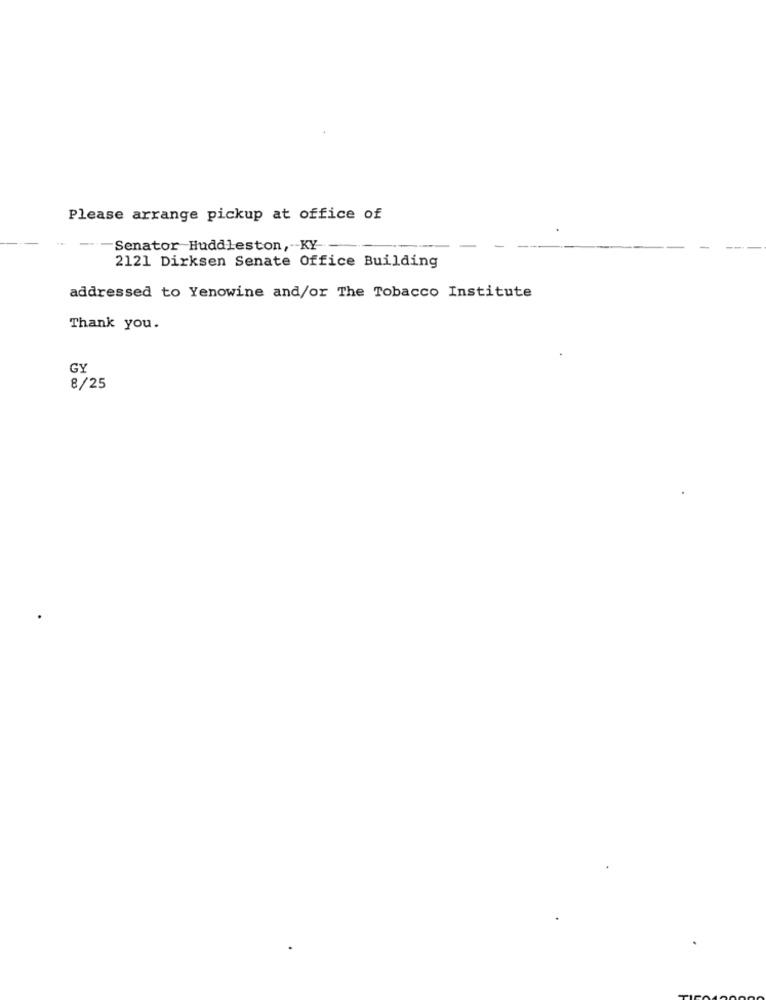
Please arrange pickup at office of
-- Senator Huddleston, KY --
2121 Dirksen Senate Office Building
addressed to Yenowine and/or The Tobacco Institute
Thank you.
GY
8/25